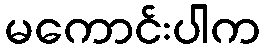
မကောင်းပါက